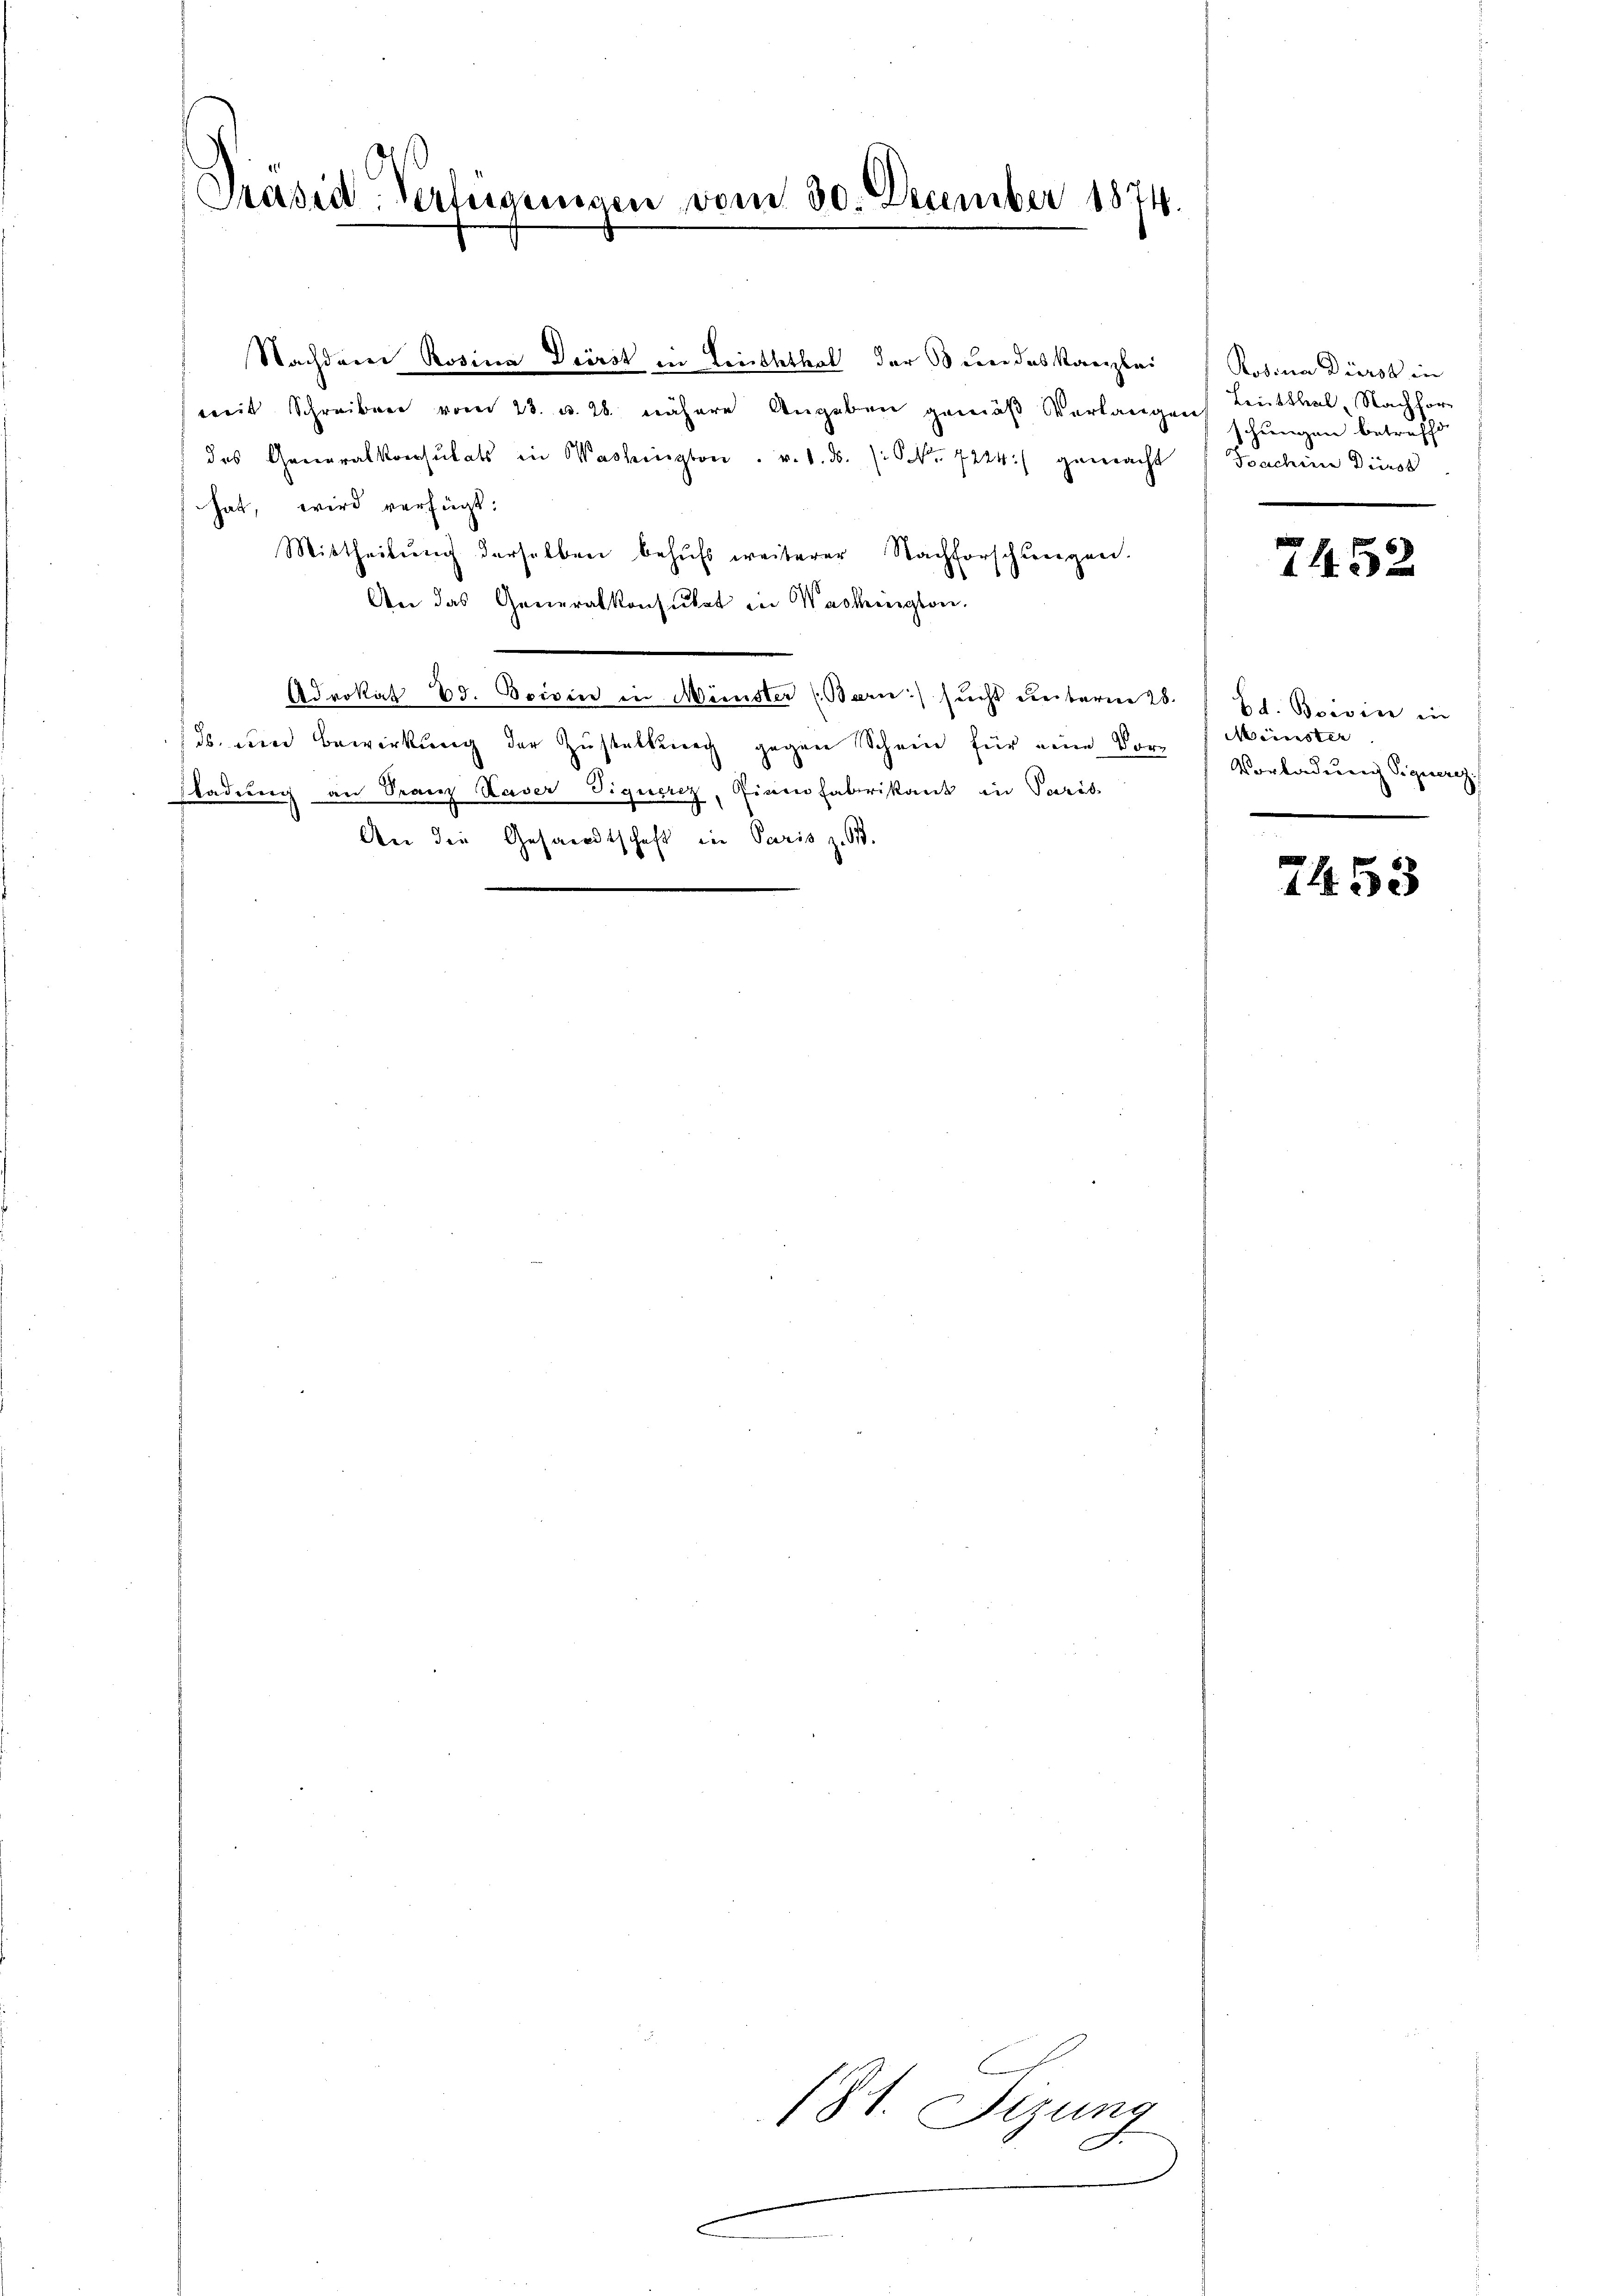
Präsid. Verfügungen vom 30. December 1874.
d

Nachdem Rosina Dürst in Leiththal der Bundes Kanzlei
mit Schreiben vom 23. u. 28. nähere Angeben gemäβ Verlangen Linthal, Nachhor-
das Generalkonsulats in Washington v. M. D. S. 7224) gemacht
hat, wird verfügt:
Mittheilung derselben behufs weiterer Nachforschungen.
d
An das Generalkonsulat in Washington.
u
Adrokat 83. Boivin in Münster (Bern) sicht unterm 28.
ds. eine Bewirkung der Zustaltung gegen Schein für eine Vorsladung an Franz Kaver Vignerez, Ginnfabrikant in Paris
An die Gesandtschaft in Paris z. B.

E
(St. Sizung
e

Rosina Dürst in
schungen betreffen
Joachine Dirst

7452

Ed. Boivine in
iernsten
Vorladung Siquerez.

7455